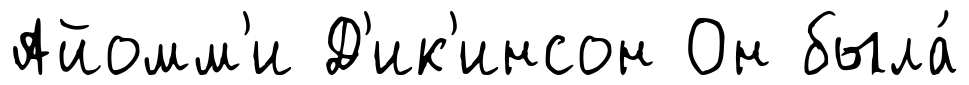
Айомм'и Д'ик'инсон Он была́